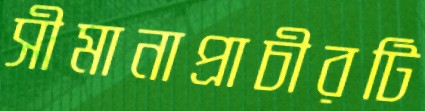
সীমানাপ্রাচীরটি